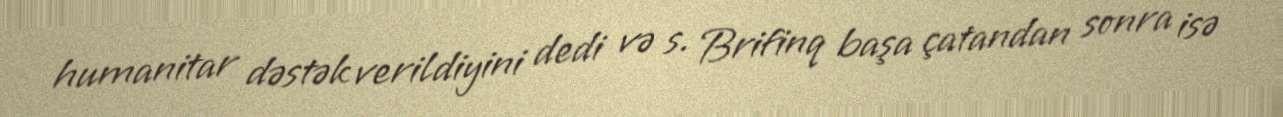
humanitar dəstək verildiyini dedi və s. Brifinq başa çatandan sonra isə